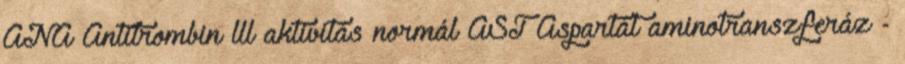
ANA Antitrombin lll aktivitás normál AST Aspartát aminotranszferáz -